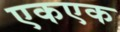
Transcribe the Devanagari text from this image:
एकएक